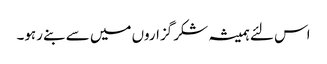
اس لئے ہمیشہ شکر گزاروں میں سے بنے رہو۔